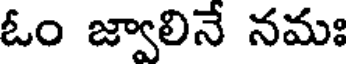
ఓం జ్వాలినే నమః